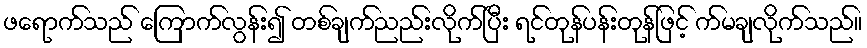
ဖရောက်သည် ကြောက်လွန်း၍ တစ်ချက်ညည်းလိုက်ပြီး ရင်တုန်ပန်းတုန်ဖြင့် က်မချလိုက်သည်။